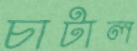
চাটাল